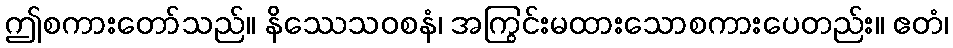
ဤစကားတော်သည်။ နိဿေသဝစနံ၊ အကြွင်းမထားသောစကားပေတည်း။ ဧတံ၊